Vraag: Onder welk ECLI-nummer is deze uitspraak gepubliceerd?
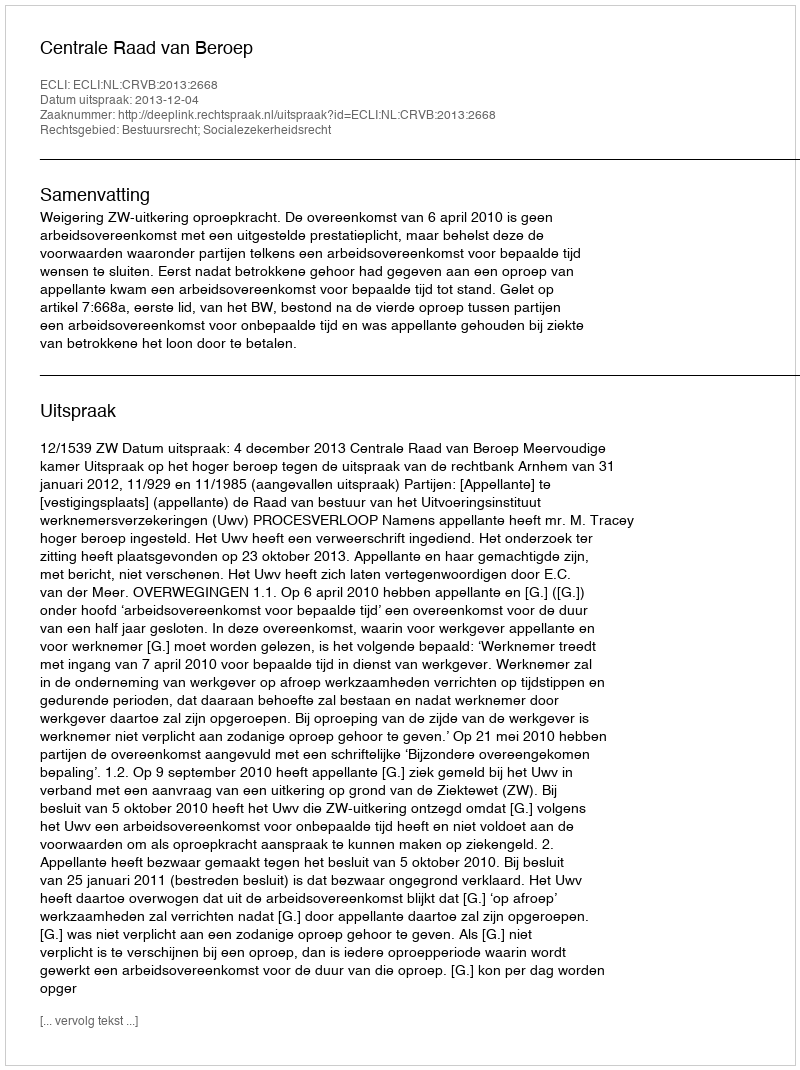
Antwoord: ECLI:NL:CRVB:2013:2668